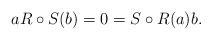
\begin{align*}aR\circ S(b) = 0 = S\circ R(a) b.\end{align*}